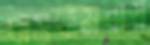
খাসখামরায়